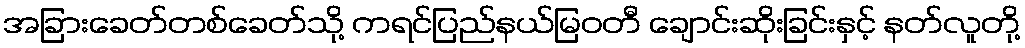
အခြားခေတ်တစ်ခေတ်သို့ ကရင်ပြည်နယ်မြဝတီ ချောင်းဆိုးခြင်းနှင့် နတ်လူတို့